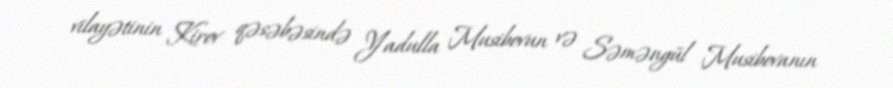
vilayətinin Kirov qəsəbəsində Yadulla Musibovun və Səməngül Musibovanın